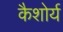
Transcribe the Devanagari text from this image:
कैशोर्य